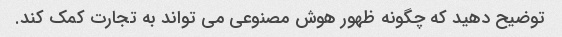
توضیح دهید که چگونه ظهور هوش مصنوعی می تواند به تجارت کمک کند.